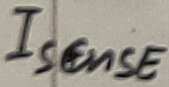
Text: Isense